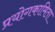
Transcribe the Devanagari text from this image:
प्रयोगकामिता